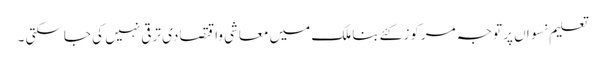
تعلیم نسواں پر توجہ مرکوز کئےبنا ملک میں معاشی واقتصادی ترقی نہیں کی جاسکتی ۔